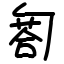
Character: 匒